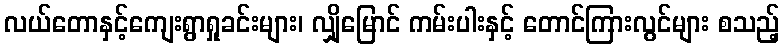
လယ်တောနှင့်ကျေးရွာရှုခင်းများ၊ လျှိုမြောင် ကမ်းပါးနှင့် တောင်ကြားလွင်များ စသည့်